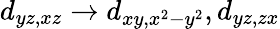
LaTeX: d_{yz,xz}\rightarrow d_{xy,x^{2}-y^{2}},d_{yz,zx}